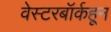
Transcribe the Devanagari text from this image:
वेस्टरबॉर्कहून